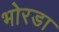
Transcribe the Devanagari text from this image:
भोरडा